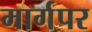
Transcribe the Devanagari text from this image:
मार्गपर